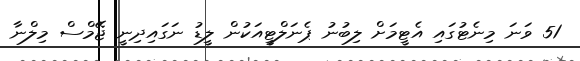
51 ވަނަ މިނެޓުގައި އެޓީމަށް ލިބުނު ޕެނަލްޓީއަކުން ލީޑު ނަގައިދިނީ ޖޭމްސް މިލްނާ